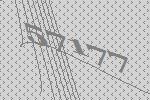
57177